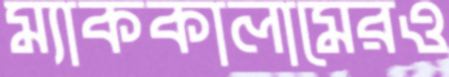
ম্যাককালামেরও